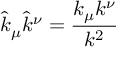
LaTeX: \widehat { k } _ { \mu } \widehat { k } ^ { \nu } = \frac { k _ { \mu } k ^ { \nu } } { k ^ { 2 } }